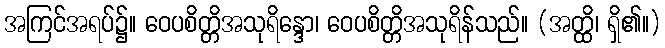
အကြင်အရပ်၌။ ဝေပစိတ္တိအသုရိန္ဒော၊ ဝေပစိတ္တိအသုရိန်သည်။ (အတ္ထိ၊ ရှိ၏။)